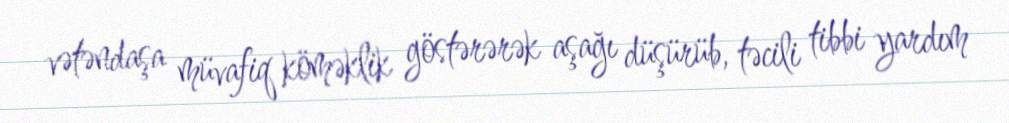
vətəndaşa müvafiq köməklik göstərərək aşağı düşürüb, təcili tibbi yardım